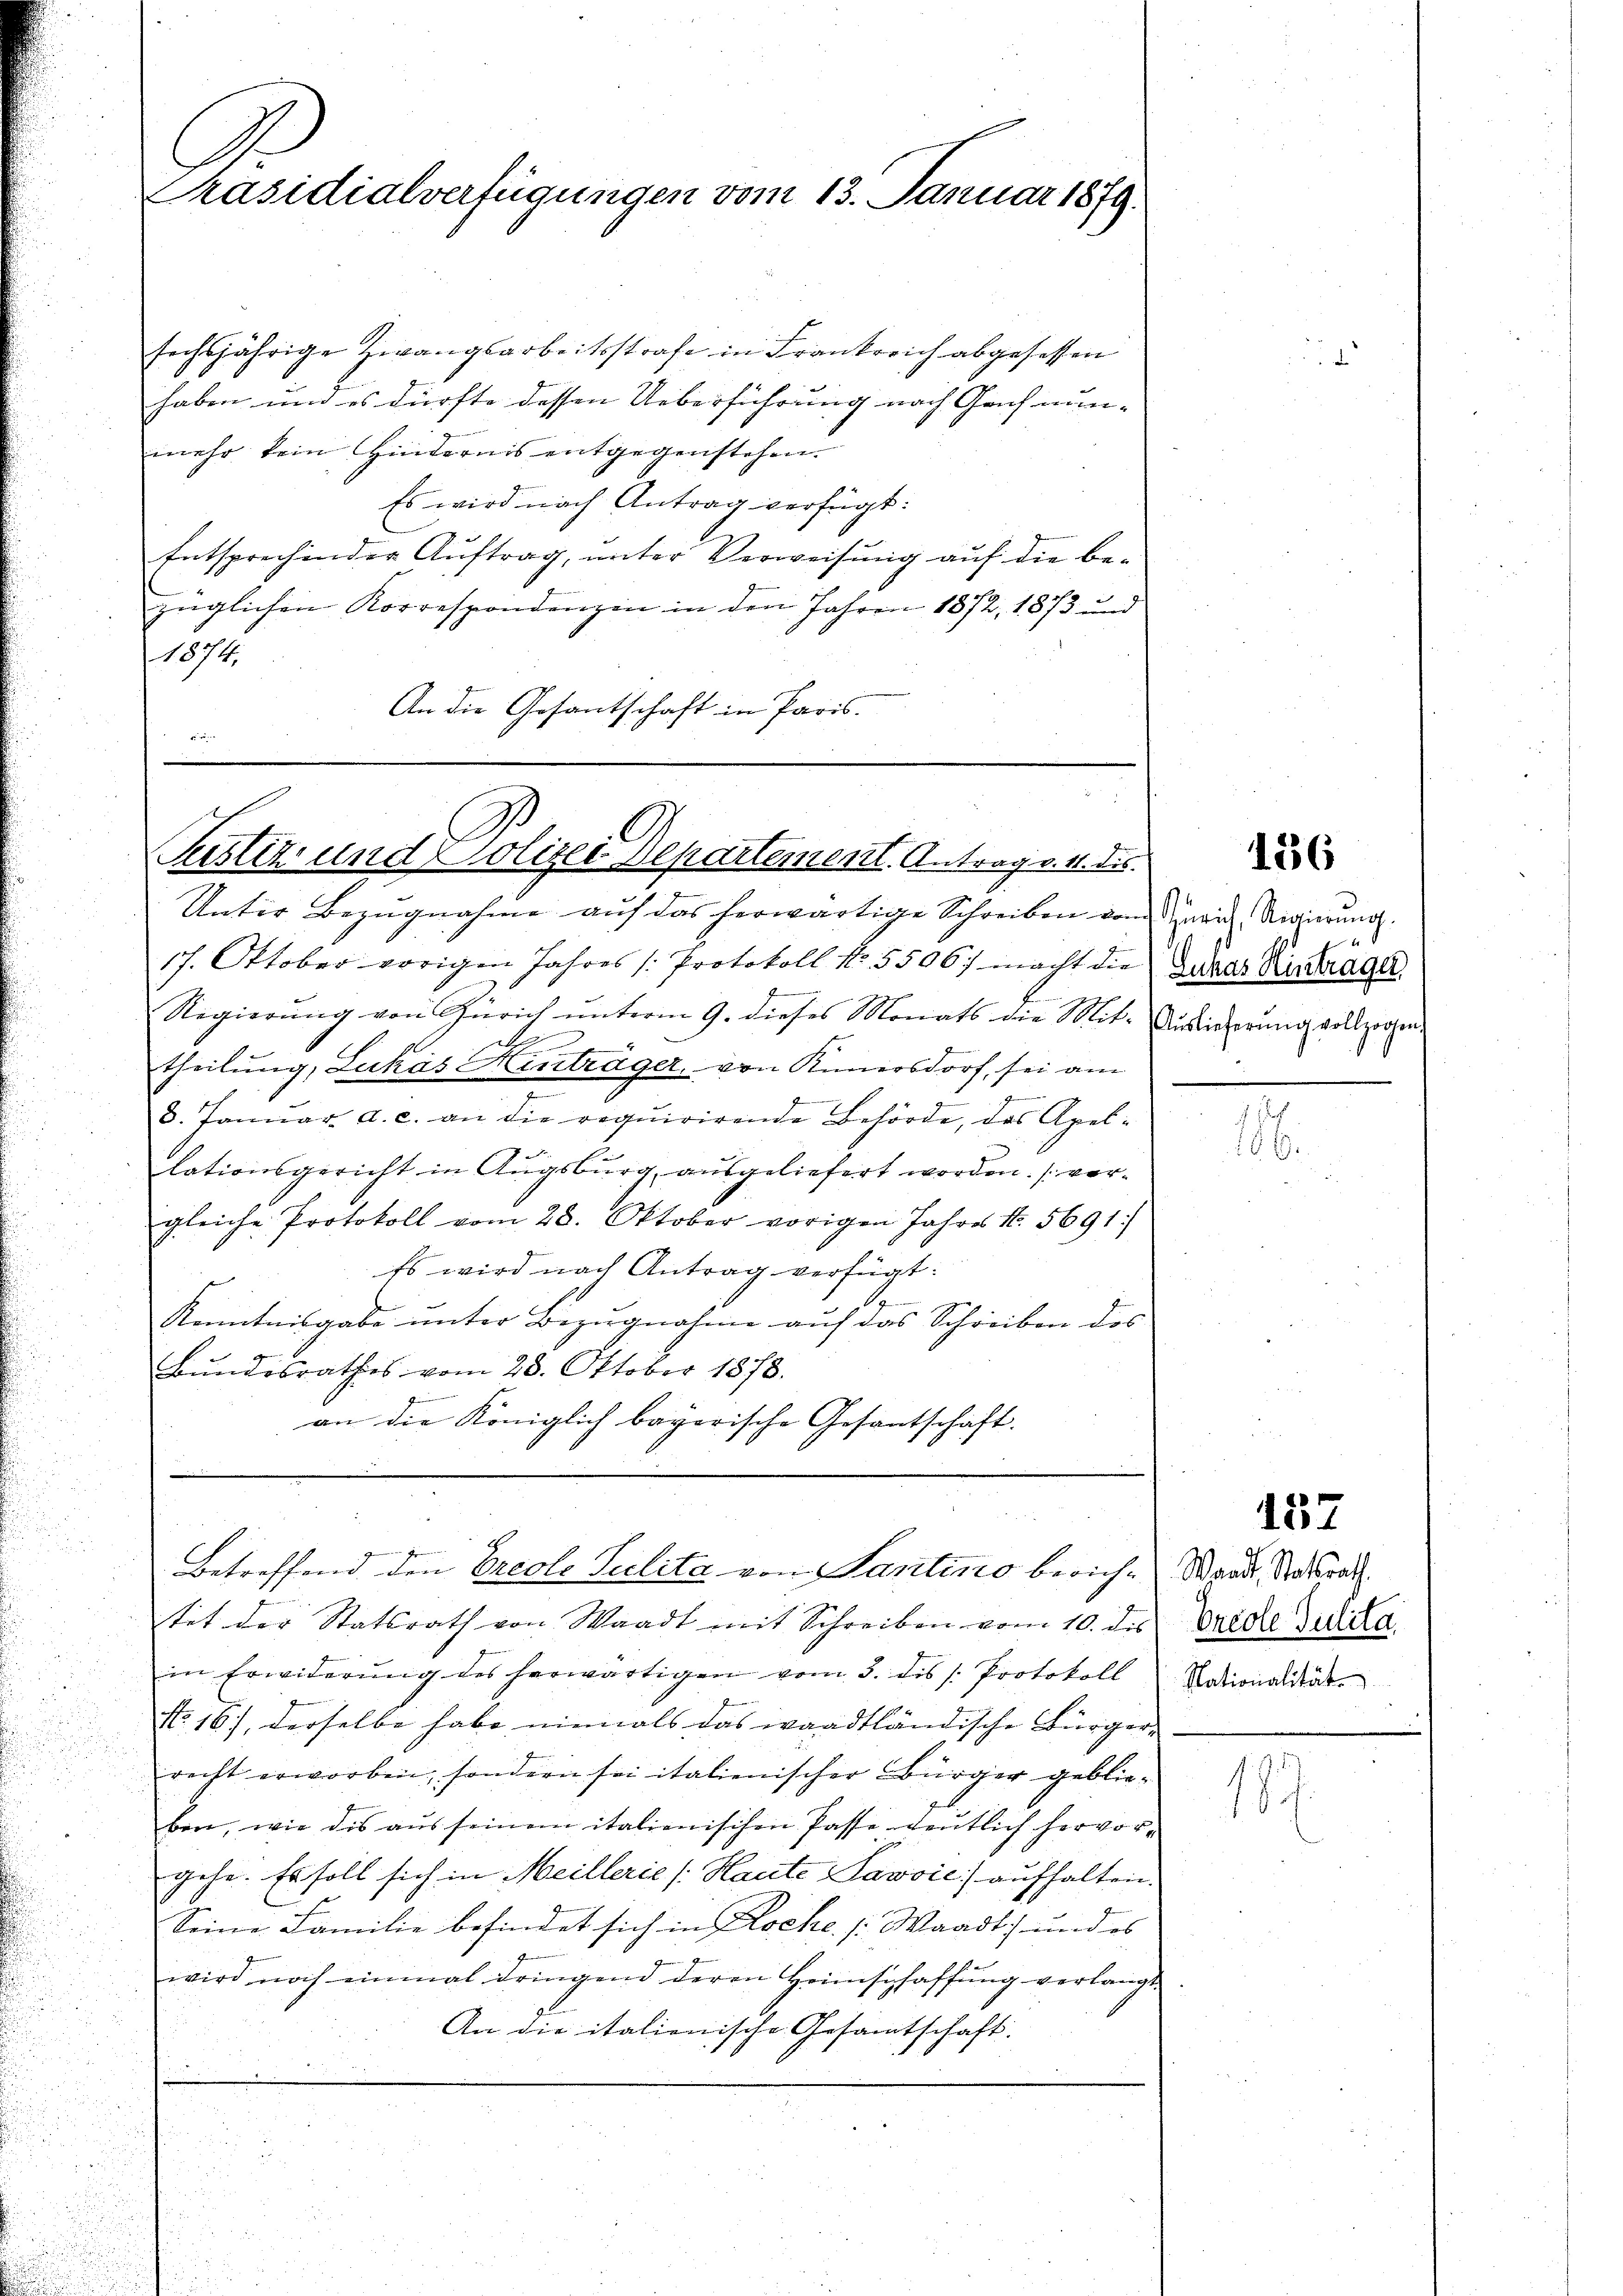
u

sechsjährige Zwangsarbeitsstrafe in Frankreich abgesessen
haben und es dürfte dessen Ueberführung nach Gach nun-
mehr kein Hindernis entgegenstehen.
Es wird nach Antrag verfügt:
Entsprechender Aŭftrag, unter Verweisŭng auf die be-
züglichen Korrespondenzen in den Jahren 1872, 1873 und
1874.
An die Gesantschaft in Paris.
drigen

Präsidialverfügungen vom 13. Januar 1879

Justiz und Polizei Departement. Antrag v. 4. des

Unter Bezugnahme auf das herwärtige Schreiben vom zwei Regierung.
17. Oktober vorigen Jahres Protokoll No. 5506. macht die Zukas Hintrage
Regierung von Zürich unterm 9. dieses Monats die Mit- Auslieferung vollzogen.
theilung, Lukás Hinträger, von Annersdorf, sei am
8. Janŭar a. c. an die requirirende Behörde, das Apel-
lationsgericht in Augsburg, ausgeliefert worden. (vorgleiche Protokoll vom 28. Oktober vorigen Jahres No. 5691.
Es wird nach Antrag verfügt:
Kenntnisgabe unter Bezugnahme auf das Schreiben des |
Bundesrathes vom 28. Oktober 1878.
ge
an die Königlich bayerische Gesantschaft.

tet der Statsrath von Waadt mit Schreiben vom 10. des Grede Julita
in Erwiderŭng des herwärtigen vom 3. des s. Protokoll Nationalität
No. 16), derselbe habe niemals das waadtländische Bürgerrecht erworben, sondern sei italienischer Bürger geblieben, wie dis aŭs seinem italienischen Pässe gentlich hervor-
gehe. Es soll sich in Meillerie (Haute Lavvić) aufhalten.
Seine Familie befindet sich in Koche. [: Waadt, und es
wird noch einmal dringend deren Heimschaffung verlangt
An die italienische Gesamtschaft.

I Fr
Betreffend den Ereoli Tulita von Santinio berich-Waadt, Ratsrath

E
18 f

136

157

1